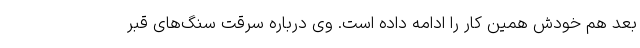
بعد هم خودش همین کار را ادامه داده است. وی درباره سرقت سنگ‌های قبر